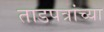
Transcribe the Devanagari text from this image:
ताडपत्रांच्या